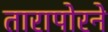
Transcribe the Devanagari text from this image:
तारापोरने